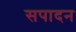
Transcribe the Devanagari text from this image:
सपादन